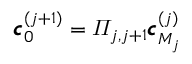
\pmb { c } _ { 0 } ^ { ( j + 1 ) } = \varPi _ { j , j + 1 } \pmb { c } _ { M _ { j } } ^ { ( j ) }